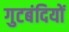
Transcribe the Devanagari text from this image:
गुटबंदियों